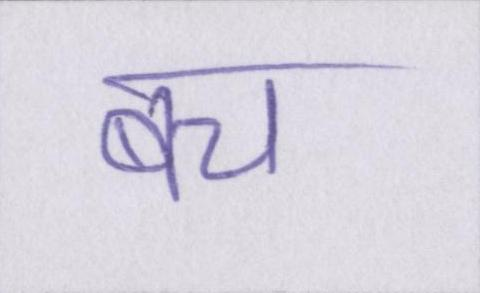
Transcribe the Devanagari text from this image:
बच